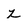
Character: z